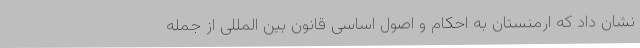
نشان داد که ارمنستان به احکام و اصول اساسی قانون بین المللی از جمله